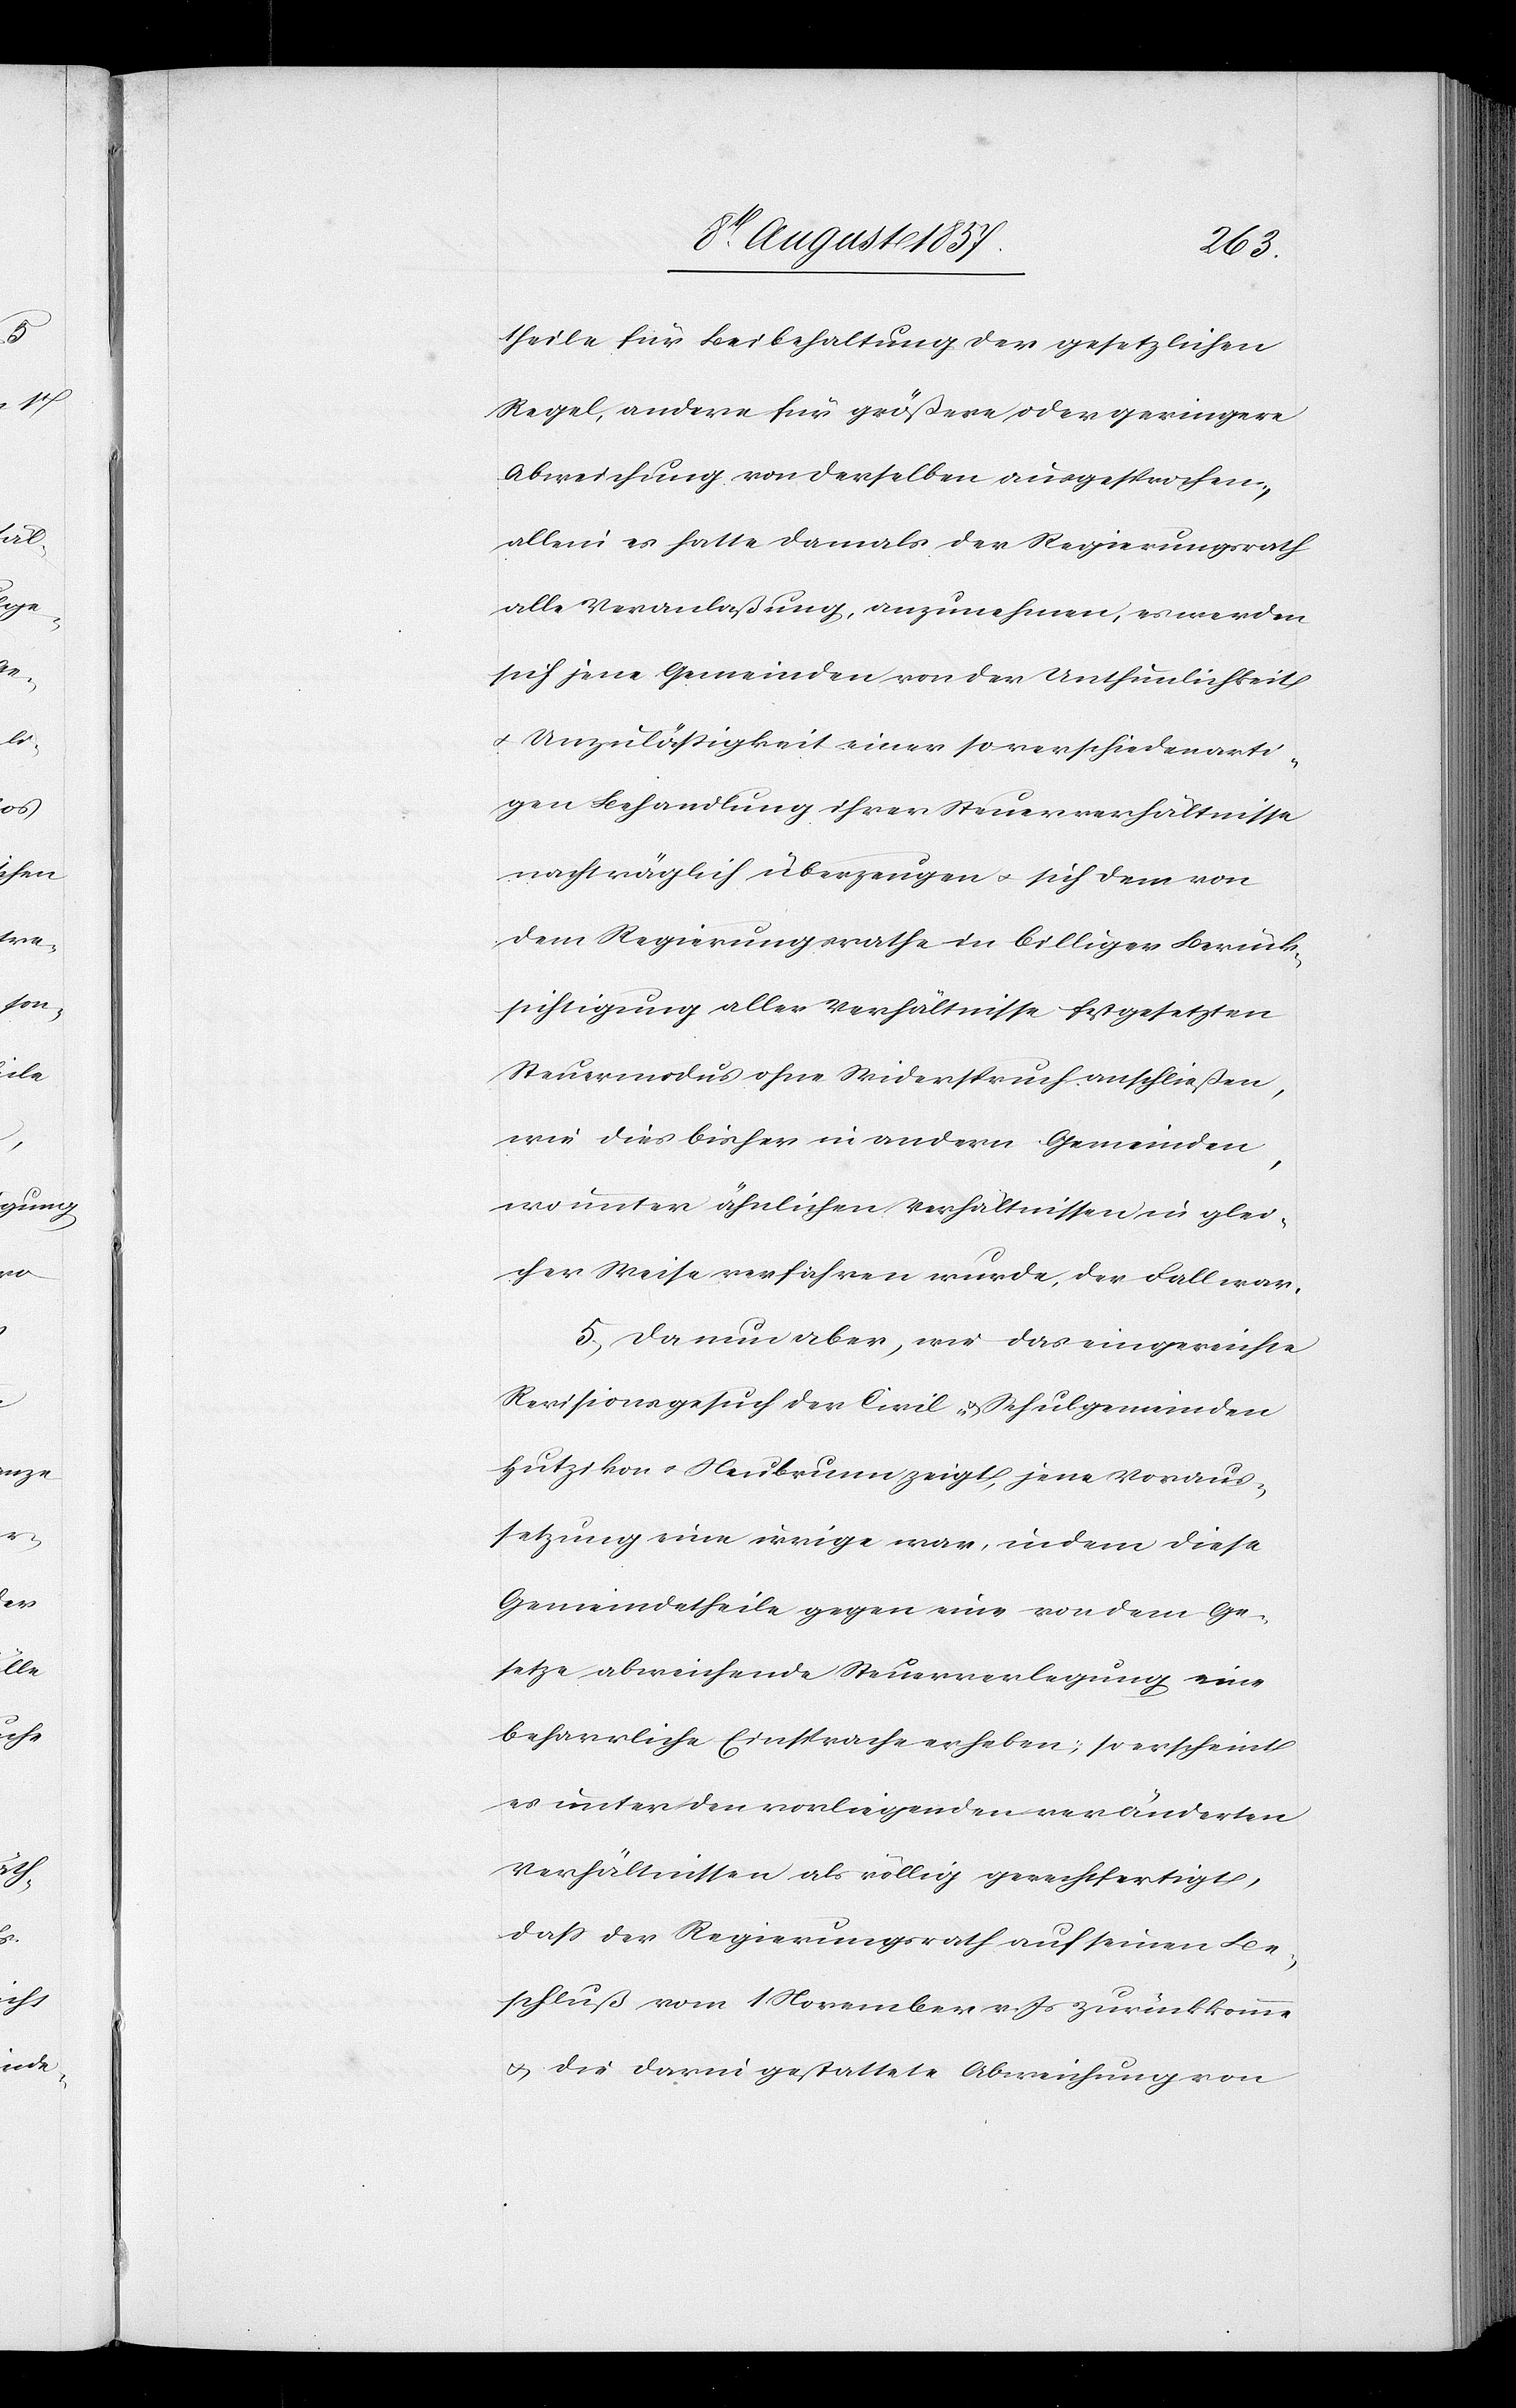
theile für Beibehaltung der gesetzlichen
Regel, andere für größere oder geringere
Abweichung von derselben ausgesprochen,
allein es hatte damals der Regierungsrath
alle Veranlaßung, anzunehmen, es werden
sich jene Gemeinden von der Unthunlichkeit
& Unzuläßigkeit einer so verschiedenarti¬
gen Behandlung ihrer Steuerverhältnisse
nachträglich überzeugen & sich dem von
dem Regierungsrathe in billiger Berück¬
sichtigung aller Verhältnisse festgesetzten
Steuermodus ohne Widerspruch anschließen,
wie dies bisher in andern Gemeinden,
wo unter ähnlichen Verhältnissen in glei¬
cher Weise verfahren wurde, der Fall war.
5. Da nun aber, wie das eingereichte
Revisionsgesuch der Civil- & Schulgemeinden
Hutzikon-Neubrunn zeigt, jene Voraus¬
setzung eine irrige war, in dem diese
Gemeindetheile gegen eine von dem Ge¬
setze abweichende Steuerverlegung eine
beharrliche Einsprache erheben, so erscheint
es unter den vorliegenden veränderten
Verhältnissen als völlig gerechtfertigt,
daß der Regierungsrath auf seinen Be¬
schluß vom 1 November v. Js. zurückkomme
& die darin gestattete Abweichung von